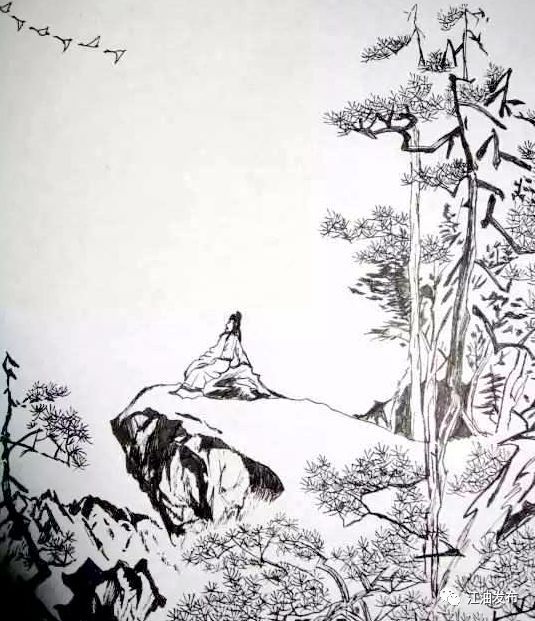
相看两不厌，只有敬亭山。